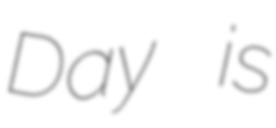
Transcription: Day is